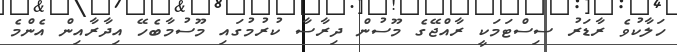
ހަލާކުވެ ރާޑަރު ސިސްޓަމަކީ ރާއްޖޭގެ މޫސުން ދިރާސާ ކުރުމުގައި މޫސުމާބެހޭ އިދާރާއިން އެންމެ